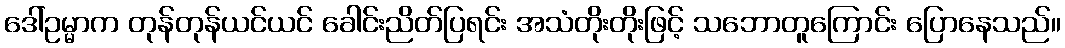
ဒေါ်ဥမ္မာက တုန်တုန်ယင်ယင် ခေါင်းညိတ်ပြရင်း အသံတိုးတိုးဖြင့် သဘောတူကြောင်း ပြောနေသည်။